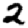
Digit: 2